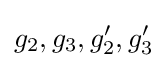
g_{2},g_{3},g_{2}',g_{3}'